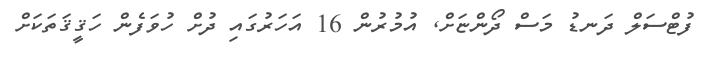
ފުޓްސަލް ދަނޑު މަސް ދޯންޏަށް